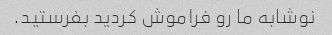
نوشابه ما رو فراموش کردید بفرستید.